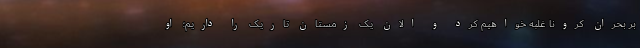
بر بحران کرونا غلبه خواهیم کرد و الان یک زمستان تاریک را داریم؛ او